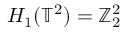
H _ { 1 } ( \mathbb { T } ^ { 2 } ) = \mathbb { Z } _ { 2 } ^ { 2 }